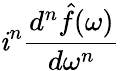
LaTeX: \mathit{i}^{n}{\frac{{d^{n}{\hat{{f}}}(\omega)}}{{d\omega^{n}}}}